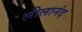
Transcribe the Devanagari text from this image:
लीलानंद